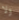
ولا